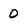
Character: 0